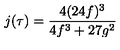
j ( \tau ) = { \frac { 4 ( 2 4 f ) ^ { 3 } } { 4 f ^ { 3 } + 2 7 g ^ { 2 } } }